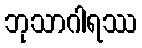
ဘုသာဂါရဿ